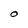
Character: O